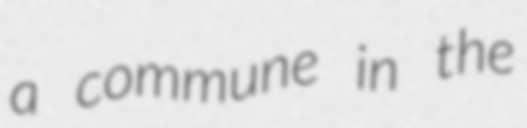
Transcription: a commune in the